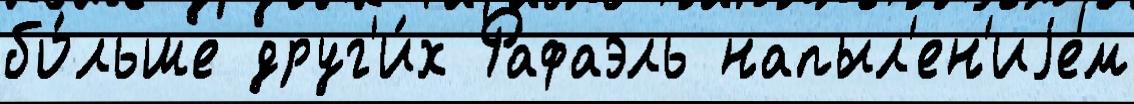
бо́льше друг'и́х Рафаэль напыл'ен'иjем